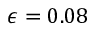
\epsilon = 0 . 0 8